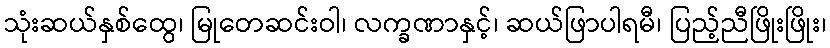
သုံးဆယ်နှစ်ထွေ၊ မြုတေဆင်းဝါ၊ လက္ခဏာနှင့်၊ ဆယ်ဖြာပါရမီ၊ ပြည့်ညီဖြိုးဖြိုး၊